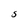
Character: S